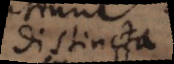
distincta